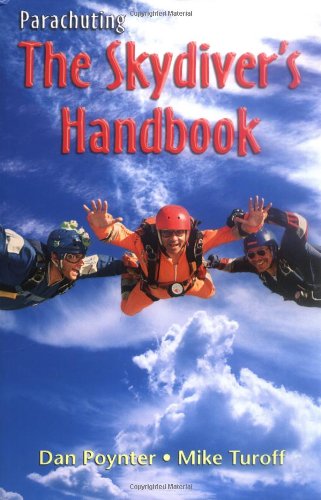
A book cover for Parachuting: The Skydiver's Handbook; Dan Poynter; Sports & Outdoors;